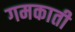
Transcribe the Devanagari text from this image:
गमकाती